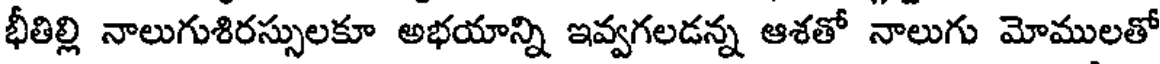
భీతిల్లి నాలుగుశిరస్సులకూ అభయాన్ని ఇవ్వగలడన్న ఆశతో నాలుగు మోములతో